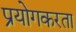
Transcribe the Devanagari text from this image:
प्रयोगकरता